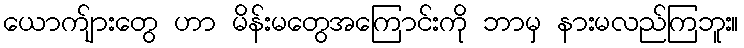
ယောက်ျားတွေ ဟာ မိန်းမတွေအကြောင်းကို ဘာမှ နားမလည်ကြဘူး။